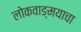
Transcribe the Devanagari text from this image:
लोकवाङ्मयाचा